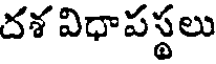
దశ విధాపస్థలు